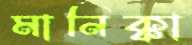
মানিক্কা